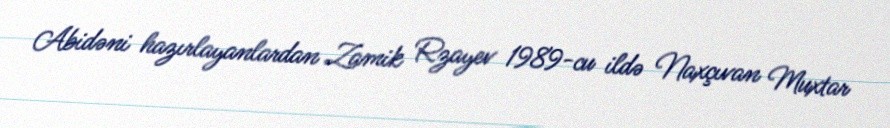
Abidəni hazırlayanlardan Zamik Rzayev 1989-cu ildə Naxçıvan Muxtar